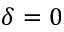
\delta = 0